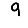
Digit: 9